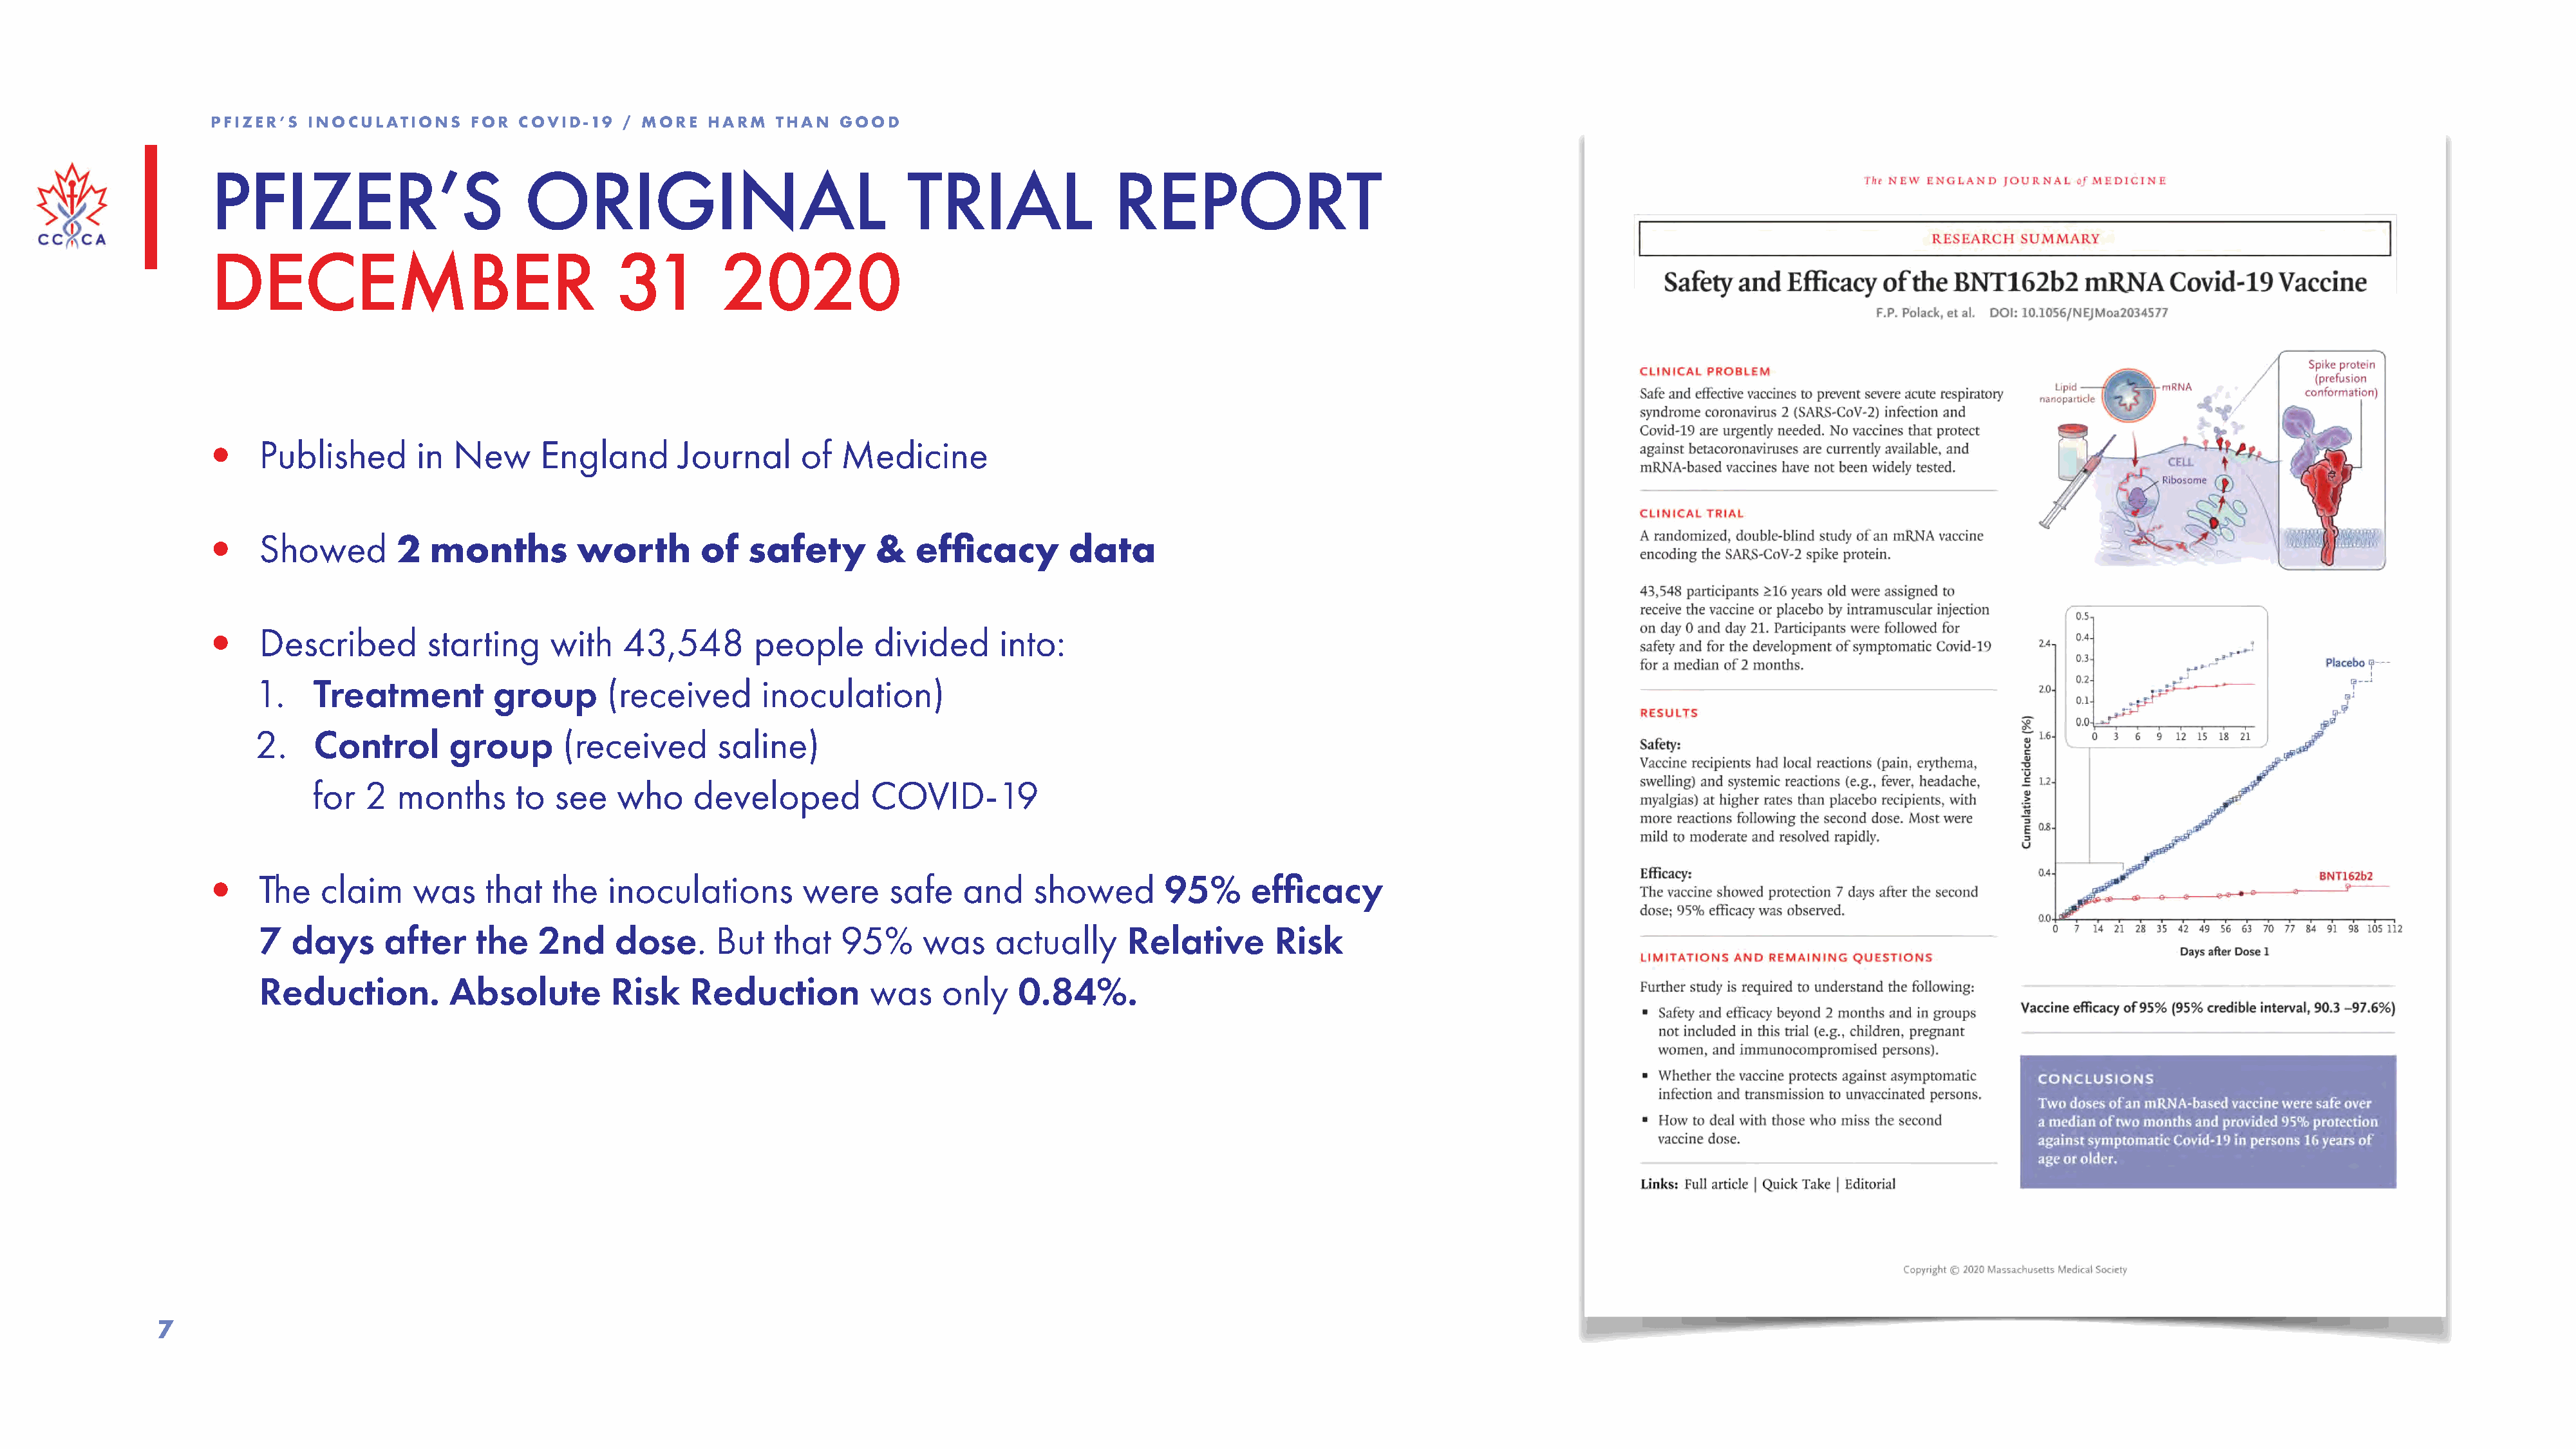
PFIZER’S  INOCULATIONS    FOR  COVID-19   / MORE   HARM   THAN  GOOD
 PFIZER’S                        ORIGINAL                               TRIAL                REPORT
 DECEMBER                                 31         2020
 •    Published       in  New      England       Journal     of  Medicine
 •    Showed        2  months         worth        of   safety       &   efficacy        data
 •    Described        starting     with   43,548       people       divided      into:
 1.    Treatment          group      (received       inoculation)
 2.    Control       group       (received       saline)
 for  2   months      to  see   who     developed          COVID-19
 •    The   claim    was     that   the  inoculations         were    safe    and    showed        95%      efficacy
 7  days     after     the   2nd     dose.      But   that  95%      was    actually      Relative       Risk
 Reduction.         Absolute         Risk    Reduction         was     only    0.84%.
 7